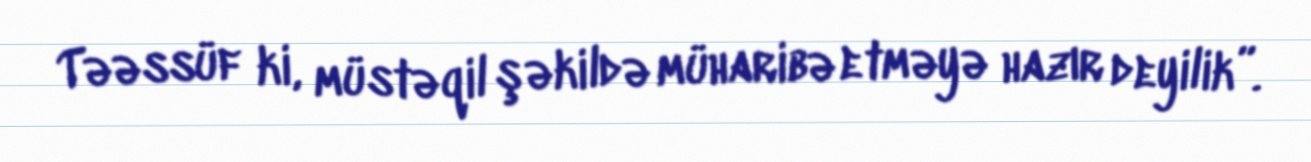
Təəssüf ki, müstəqil şəkildə müharibə etməyə hazır deyilik”.